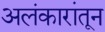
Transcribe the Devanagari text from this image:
अलंकारांतून